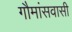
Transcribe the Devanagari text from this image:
गौमांसवासी